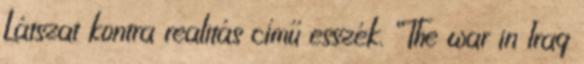
Látszat kontra realitás című esszék. “The war in Iraq